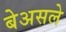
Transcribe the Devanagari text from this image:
बेअसले